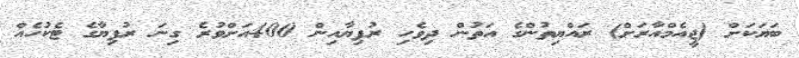
ބަޔަކަށް (ޖީއެމްއާރަށް) ރައްޔިތުންގެ އަތުން ދިވެހި ރުފިޔާއިން 400އަށްވުރެ ގިނަ ރުފިޔާގެ ޓެކުހެއް